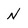
Character: N